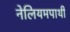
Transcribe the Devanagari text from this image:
नेलियमपाथी